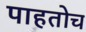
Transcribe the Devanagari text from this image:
पाहतोच